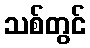
သစ်တွင်